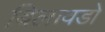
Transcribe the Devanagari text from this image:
बिलावडो